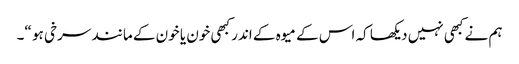
ہم نے کبھی نہیں دیکھا کہ اس کے میوہ کے اندر کبھی خون یا خون کے مانند سرخی ہو “۔